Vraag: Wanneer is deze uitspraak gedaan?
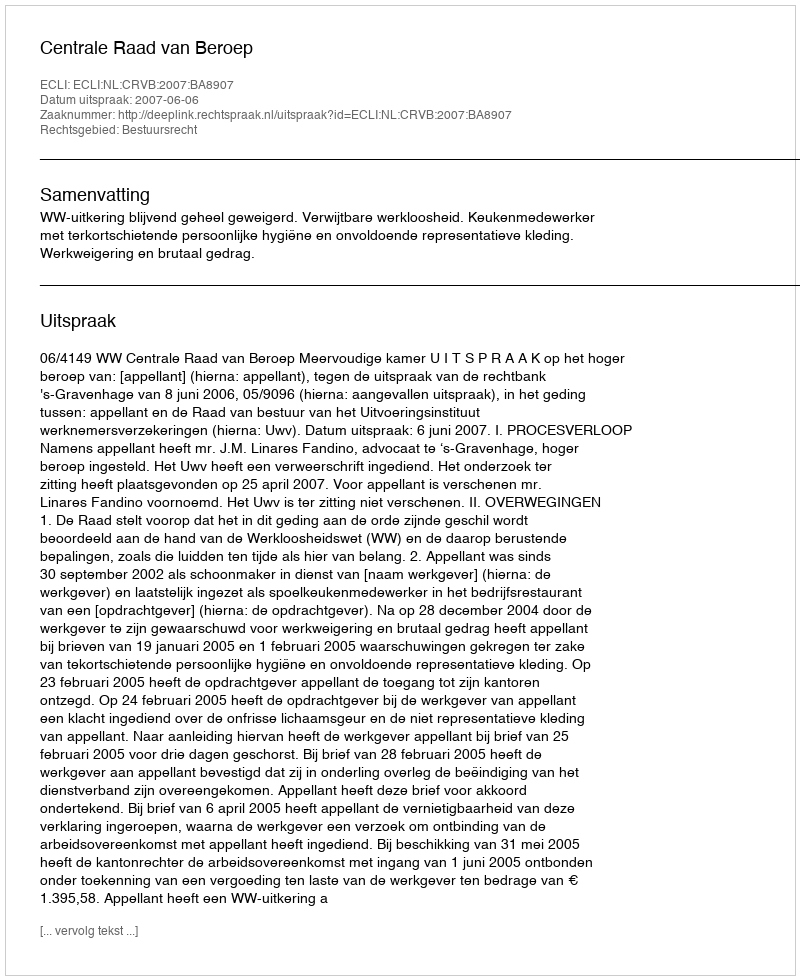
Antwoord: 2007-06-06